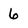
Character: 6